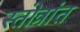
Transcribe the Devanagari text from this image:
स्तोत्रांत